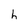
Character: h